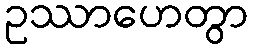
ဥဿာဟေတွာ